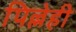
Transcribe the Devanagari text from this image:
पिल्लेही